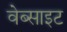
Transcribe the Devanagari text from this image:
वेब्साइट